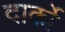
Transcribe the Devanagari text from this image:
दार्को